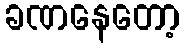
ခဏနေတော့